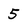
Character: 5